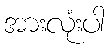
အားလုံးပါ